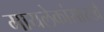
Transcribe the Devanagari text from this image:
मायलेकांसारखे